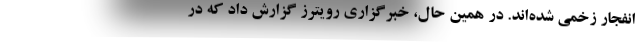
انفجار زخمی شده‌اند. در همین حال، خبرگزاری رویترز گزارش داد که در